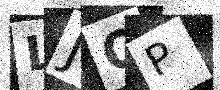
Text: LJQP